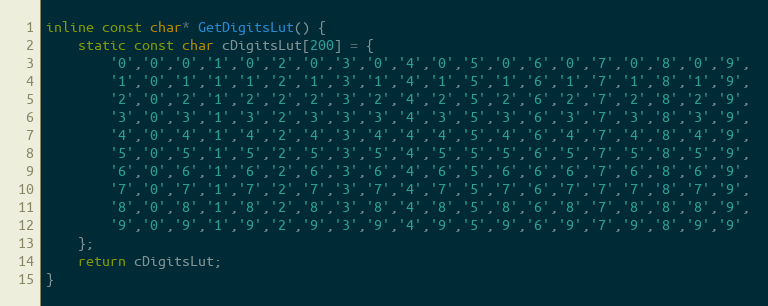
Language: C
inline const char* GetDigitsLut() {
    static const char cDigitsLut[200] = {
        '0','0','0','1','0','2','0','3','0','4','0','5','0','6','0','7','0','8','0','9',
        '1','0','1','1','1','2','1','3','1','4','1','5','1','6','1','7','1','8','1','9',
        '2','0','2','1','2','2','2','3','2','4','2','5','2','6','2','7','2','8','2','9',
        '3','0','3','1','3','2','3','3','3','4','3','5','3','6','3','7','3','8','3','9',
        '4','0','4','1','4','2','4','3','4','4','4','5','4','6','4','7','4','8','4','9',
        '5','0','5','1','5','2','5','3','5','4','5','5','5','6','5','7','5','8','5','9',
        '6','0','6','1','6','2','6','3','6','4','6','5','6','6','6','7','6','8','6','9',
        '7','0','7','1','7','2','7','3','7','4','7','5','7','6','7','7','7','8','7','9',
        '8','0','8','1','8','2','8','3','8','4','8','5','8','6','8','7','8','8','8','9',
        '9','0','9','1','9','2','9','3','9','4','9','5','9','6','9','7','9','8','9','9'
    };
    return cDigitsLut;
}